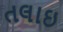
તલાઇ